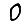
Digit: 0